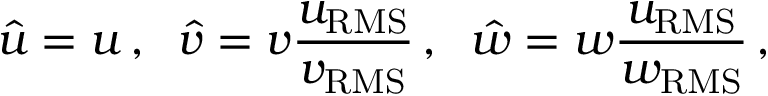
\hat { u } = u \, , \; \; \hat { v } = v \frac { u _ { \mathrm { R M S } } } { v _ { \mathrm { R M S } } } \, , \; \; \hat { w } = w \frac { u _ { \mathrm { R M S } } } { w _ { \mathrm { R M S } } } \, ,